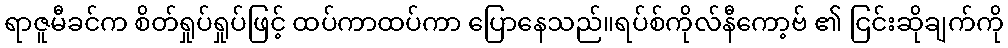
ရာဇူမီခင်က စိတ်ရှုပ်ရှုပ်ဖြင့် ထပ်ကာထပ်ကာ ပြောနေသည်။ရပ်စ်ကိုလ်နီကော့ဗ် ၏ ငြင်းဆိုချက်ကို